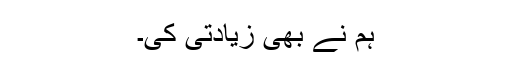
ہم نے بھی زیادتی کی۔